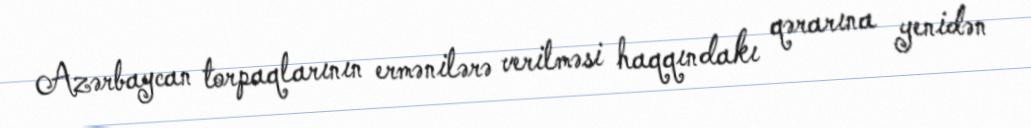
Azərbaycan torpaqlarının ermənilərə verilməsi haqqındakı qərarına yenidən